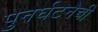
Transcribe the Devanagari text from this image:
पुनर्घटनेची